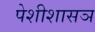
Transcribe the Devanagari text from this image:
पेशीशासञ